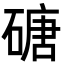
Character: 磄